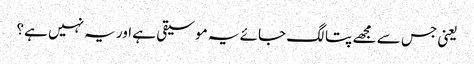
یعنی جس سے مجھے پتا لگ جائے یہ موسیقی ہے اور یہ نہیں ہے؟